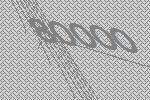
80000